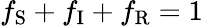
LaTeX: f_{\mathrm{S}}+f_{\mathrm{I}}+f_{\mathrm{R}}=1